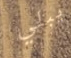
يبلي